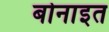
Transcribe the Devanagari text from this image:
बोनाइत